Bréfritari: Þuríður Hallgrímsdóttir
Viðtakandi: Sólveig Jónsdóttir
Dagsetning: A-1866-01-31
Skrifað á: Hólmum  S-Múl.
Sólveig var dóttir Þuríðar

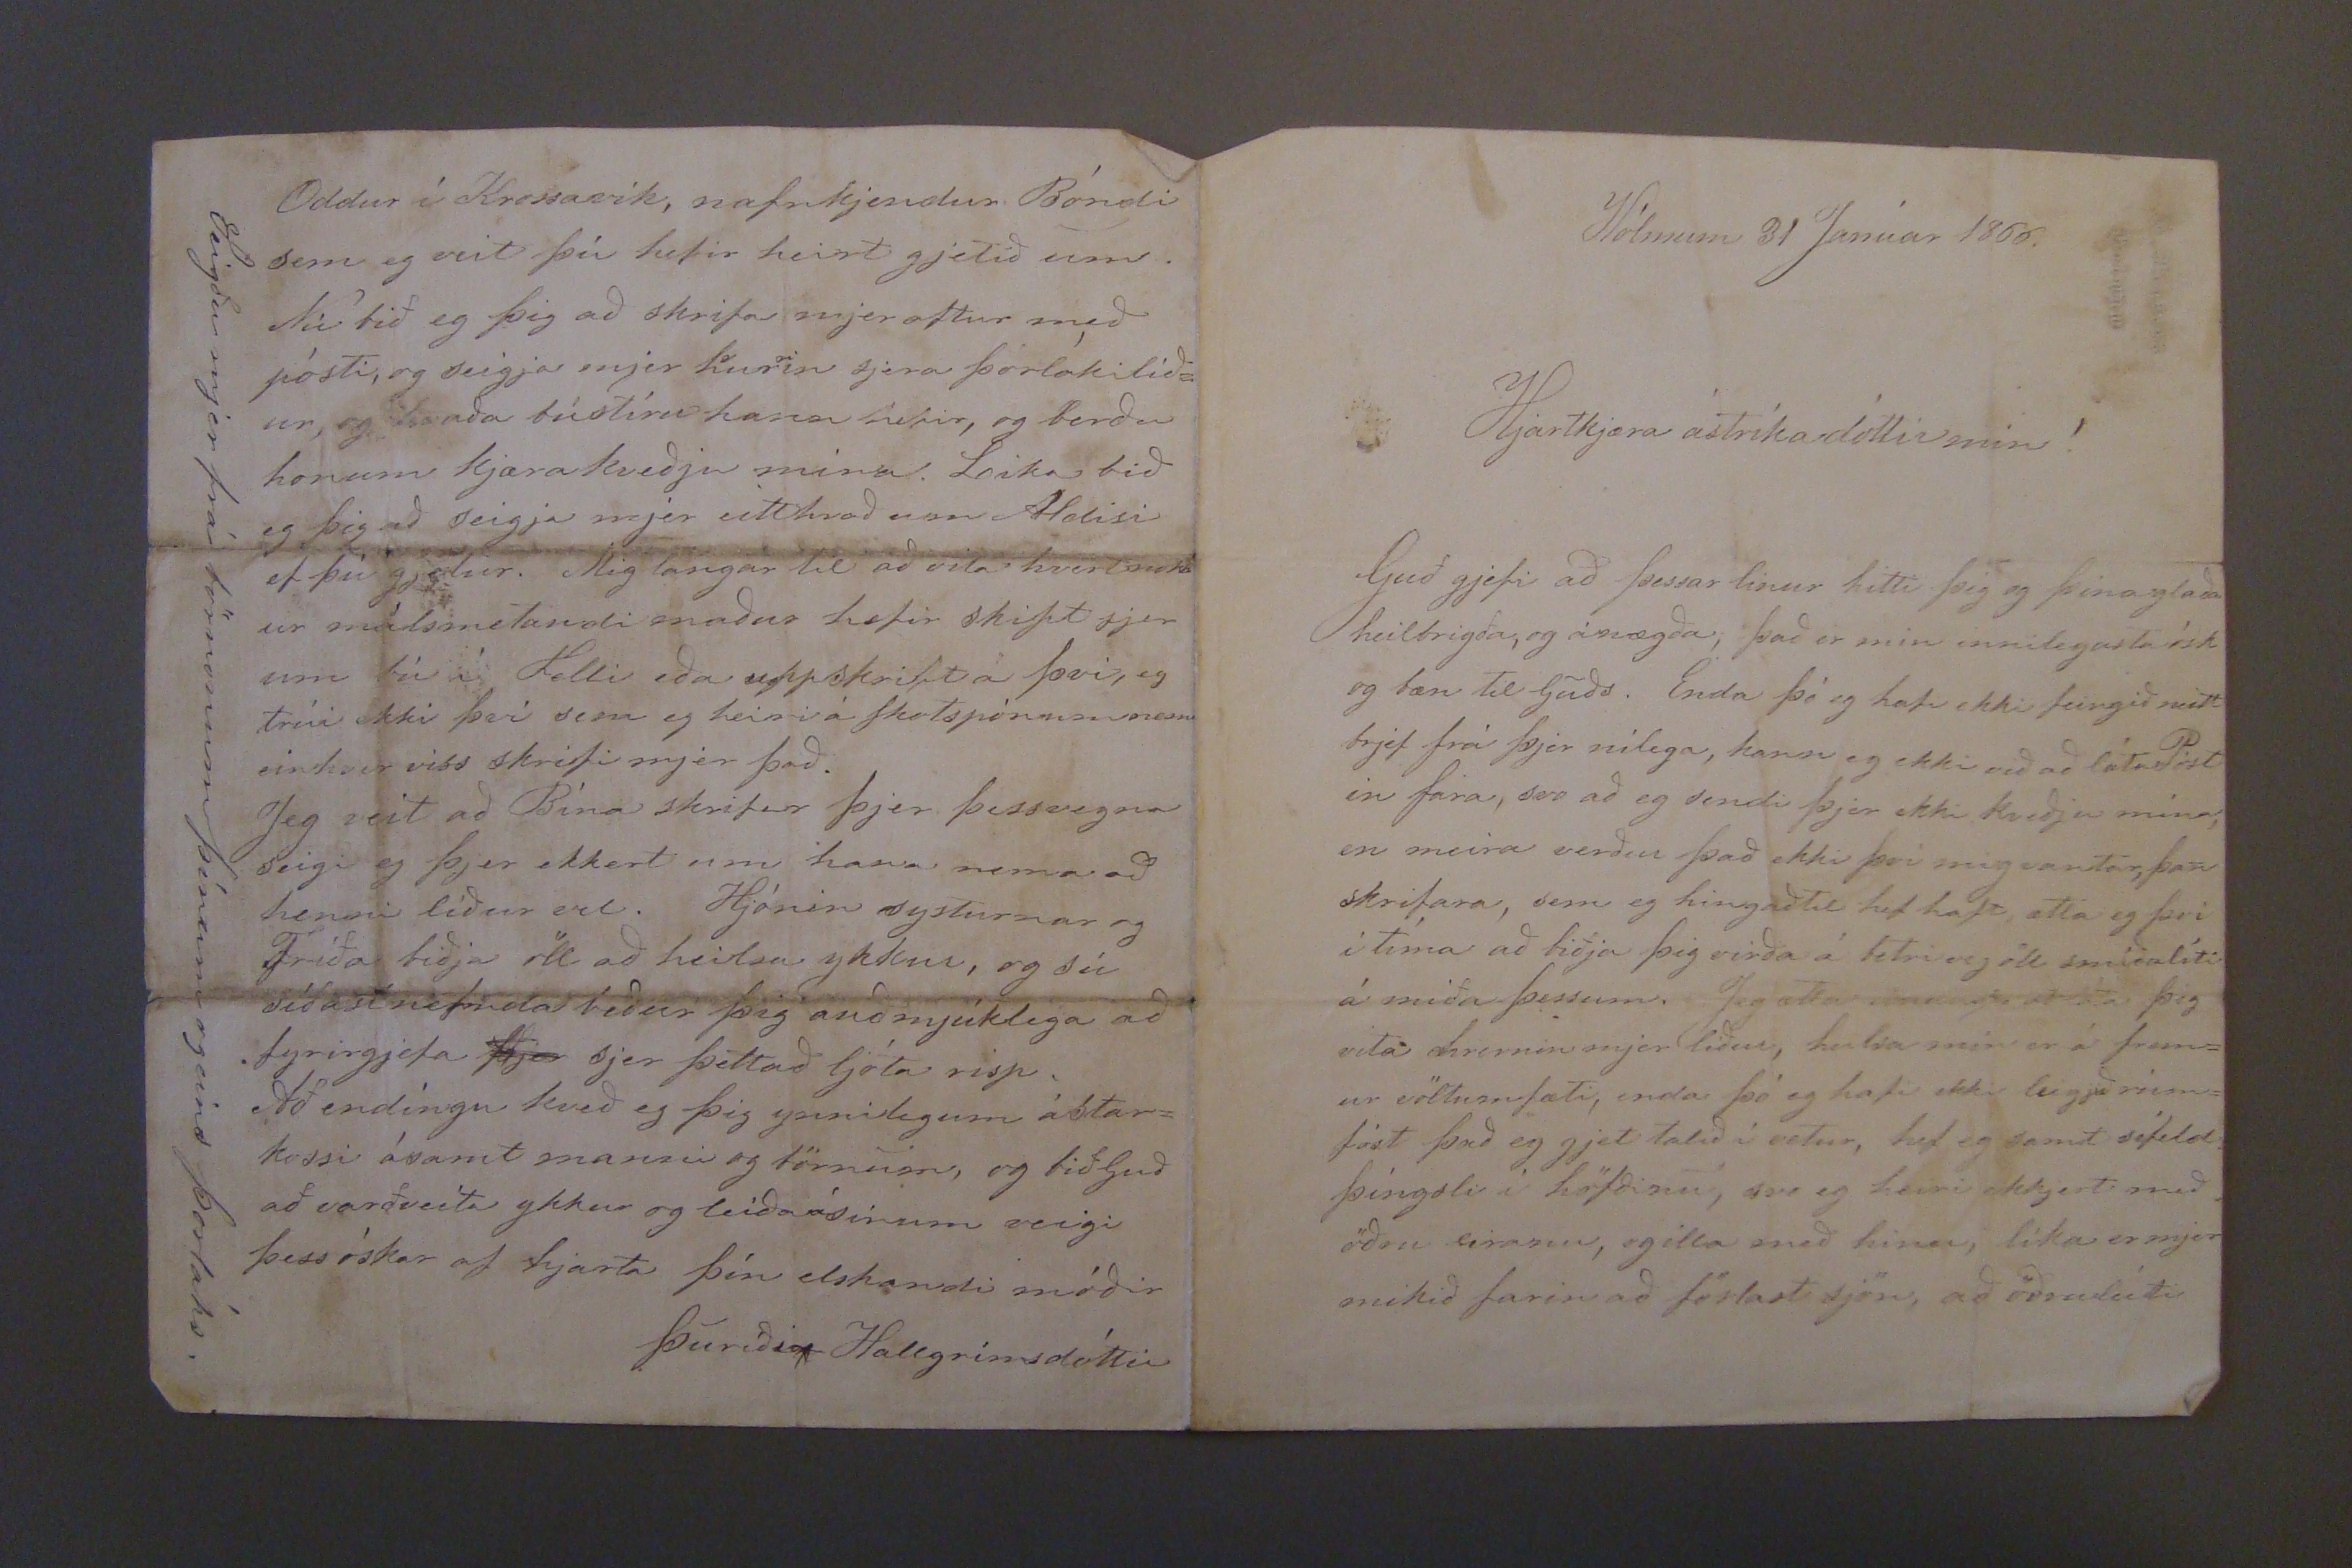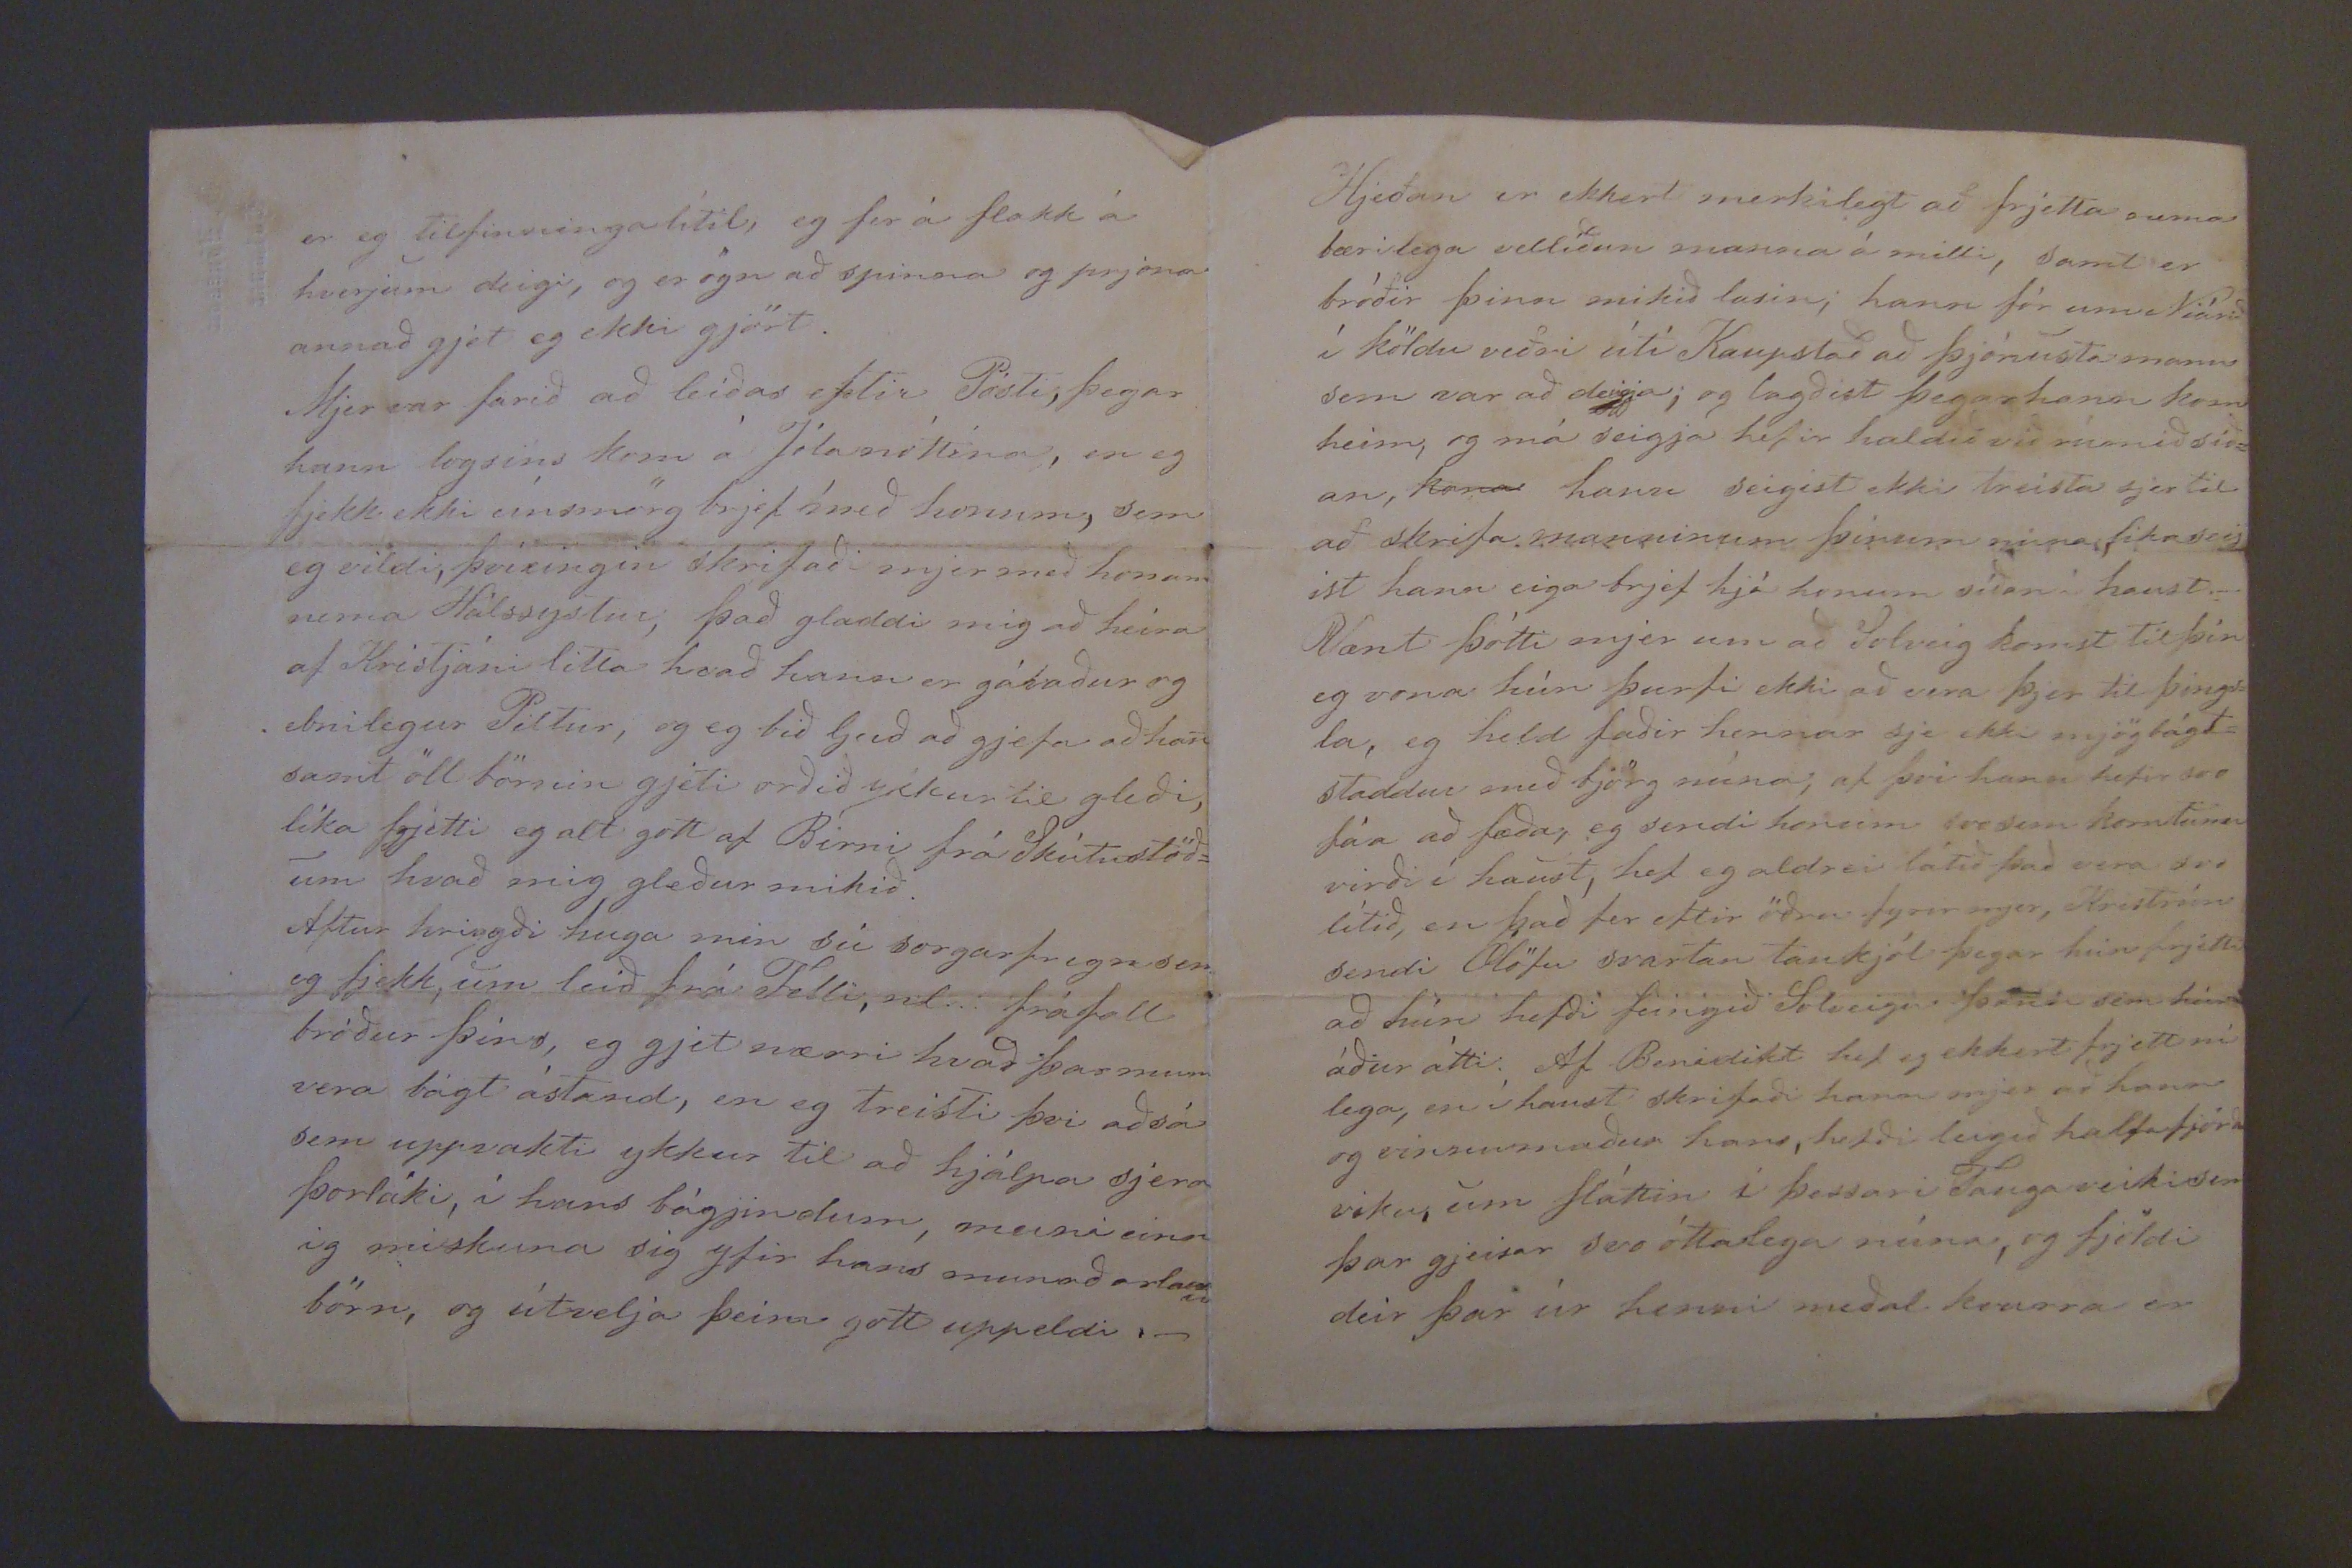

Hólmum 31 Janúar 1866.
Hjartkjæra ástríka dóttir min!
Guð gjefi að þessar linu hitti þig og þína glaða heilbrigða, og ánægda; þad er min innilegasta ósk og bæn til guds. Enda þó eg haffi ekki geingid neitt brjef frá þjer nilega, kann eg ekki vid ad láta Póst in fara, svo ad eg sendi þjer ekki kvedju mína; en meira verur þad ekki því mig vantar, þan skrifara, sem eg hingad til hef haft atla eg þvi í tíma ad biðja þig virda á betri veg öll s
m00líti
á miða þessum. Jeg ætla
000 ad láta
þig vita hvernin mjer lídur, heilsa mín er á frem= ur völtumfæti, enda þó eg hafi ekki lei
g00 00=
fást þad eg gjet talid í vetur, hef eg samt sífeld þíngsli í höfdinu, svo eg heiri ekkjert med ödru eiranu, og illa med hinu, líka er mjer mikid farin ad förlast sjön, ad ödruleiti
er eg tilfinningarlítil, eg fer á flakk á hverjum deigi, og er ögn ad spinna og prjona annad gjet eg ekki gjört. Hjer var farid ad leidas eftir Pósti, þegar hann logsins kom á Jólanóttina, en eg fjekk ekki eins mörg brjef med honum, sem eg vildi því eingin skrifadi mjer med honum nema hálssystur, þad gladdi mig ad heira af Kristjáni litla hvad hann er gáfadur og efnilegur Piltur, og eg bid Gud ad gjefa ad han samt öll börnin gjeti ordid ykkur til gledi, líka frjetti eg alt gott af Birni frá Skútustöd= um hvad mig gledur mikid. Aftur hriggdi huga min sú sorgarfregn sem eg fjekk, um leid frá Felli, vid... fráfall bódur þins, eg gjet nærri hvad þar mun vera bágt ástand, en eg treisti þvi ad sá sem uppvakti ykkur til ad hjálpa sjera Þorláki, í hans bágjindum, muni einn ig miskuna sig yfir hans munadarlausu börn, og útvelja þeim gott uppeldi._
Hjeðan er ekkert merkilegt að frjetta nema bærilega vellíðan manna á milli, samt er bróðir þinn mikid lasin; hann fór um Niárid í köldu veðri úti Kaupstað ad þjónusta mann sem var ad deigja; og lagdist þegar hann kom heim; eg má seigja hefir haldid vid rúmid sid= an,
kona
hann seigist ekki treista sjer til að skrifa manninum þínum núna
sika
seig ist hann eiga brjef hjá honum sídan í haust._ Vænt þótti mjer um ad Solveig komst til þín eg vona hún þurfi ekki ad vera þjer til þings= la, eg held fadir hennar sje ekki mjög bágt= staddur med björg núna; af þvi hann hefir svo fáa ad fæda; eg sendi honum svo sem korn
tunnu
virdi í haust, hef eg aldrei látid þad vera svo lítid, en þad fer eftir ödru fyrir mjer, Kristrún sendi Ólöfu svartan tankjól þegar hún frjetti ad hún hefdi feingid Solveigu þanin sem hún ádur átti; Af Benidikt hef eg ekkert frjett ní lega, en í haust skrifadi hann mjer er hann og vinnumadur hans, hefdi leigid halfa fjórda vikku, um sláttin í þessari Tauga veiki sem þar gjeisar svo óttalega núna, og fjöldi deir þar úr henni medal kvurra er
oddur í Krossavík, nafnkjendur Bóndi sem eg veit þú hefir heirt gjetid um. Nú bið eg þig ad skriaf mjer aftur med pósti, og seigja mjer hvurnin sjera Þorláki líð= ur, og
benda bústíru hann hefir
, og berdu honum kjæra kvedju mina! Lika bid eg þig ad seigja mjer eitthvad um Aldisi ef þú gjetur. Mig langar til ad vita hvert nokk ur málsmelandi madur hefir skipt sjer um bú i Felli eda uppskri
ft
á þvi, eg trúi ekki þvi sem eg heiri á
skotspón000 messu
einhver viss skrifi mjer þad. Jeg veit ad Bína skrifar þjer þessvegna seigi eg þjer ekkert um hana nema ad henni lídur vel. Hjónin systurnar og Fríða bidja öll ad heilsa ykkur, og sú s´ðastnefnda bidur þig audmjúklega ad fyrirgjefa
þjer
sjer þettad ljóta risp, Að endíngu kved eg þig ynnilegum ástar= kossi ásamt manni og börnum; og bið guð að varðveita ykkur og leiða ásínum veigi þess óskar af hjarta þín elskandi módir
Þuríður Hallgrímsdóttir
Seigðu mjer frá börnonum þínum og eins Þorláks.